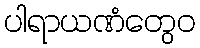
ပါရာယဏံတွေဝ